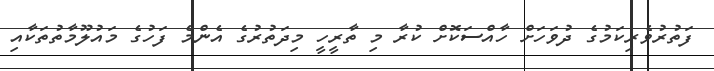
ފަތުރުވެރިކަމުގެ ދުވަހަށް ހާއްސަކޮށް ކުރާ މި ތާރީހީ މިދަތުރުގެ އެންމެ ފަހުގެ މައުލޫމާތުތަކާއި